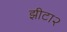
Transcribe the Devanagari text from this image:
झीटा२